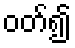
ဝတ်၍